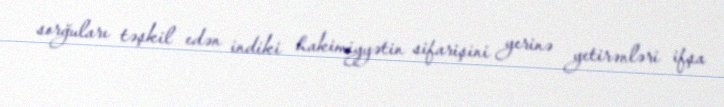
sorğuları təşkil edən indiki hakimiyyətin sifarişini yerinə yetirənləri ifşa